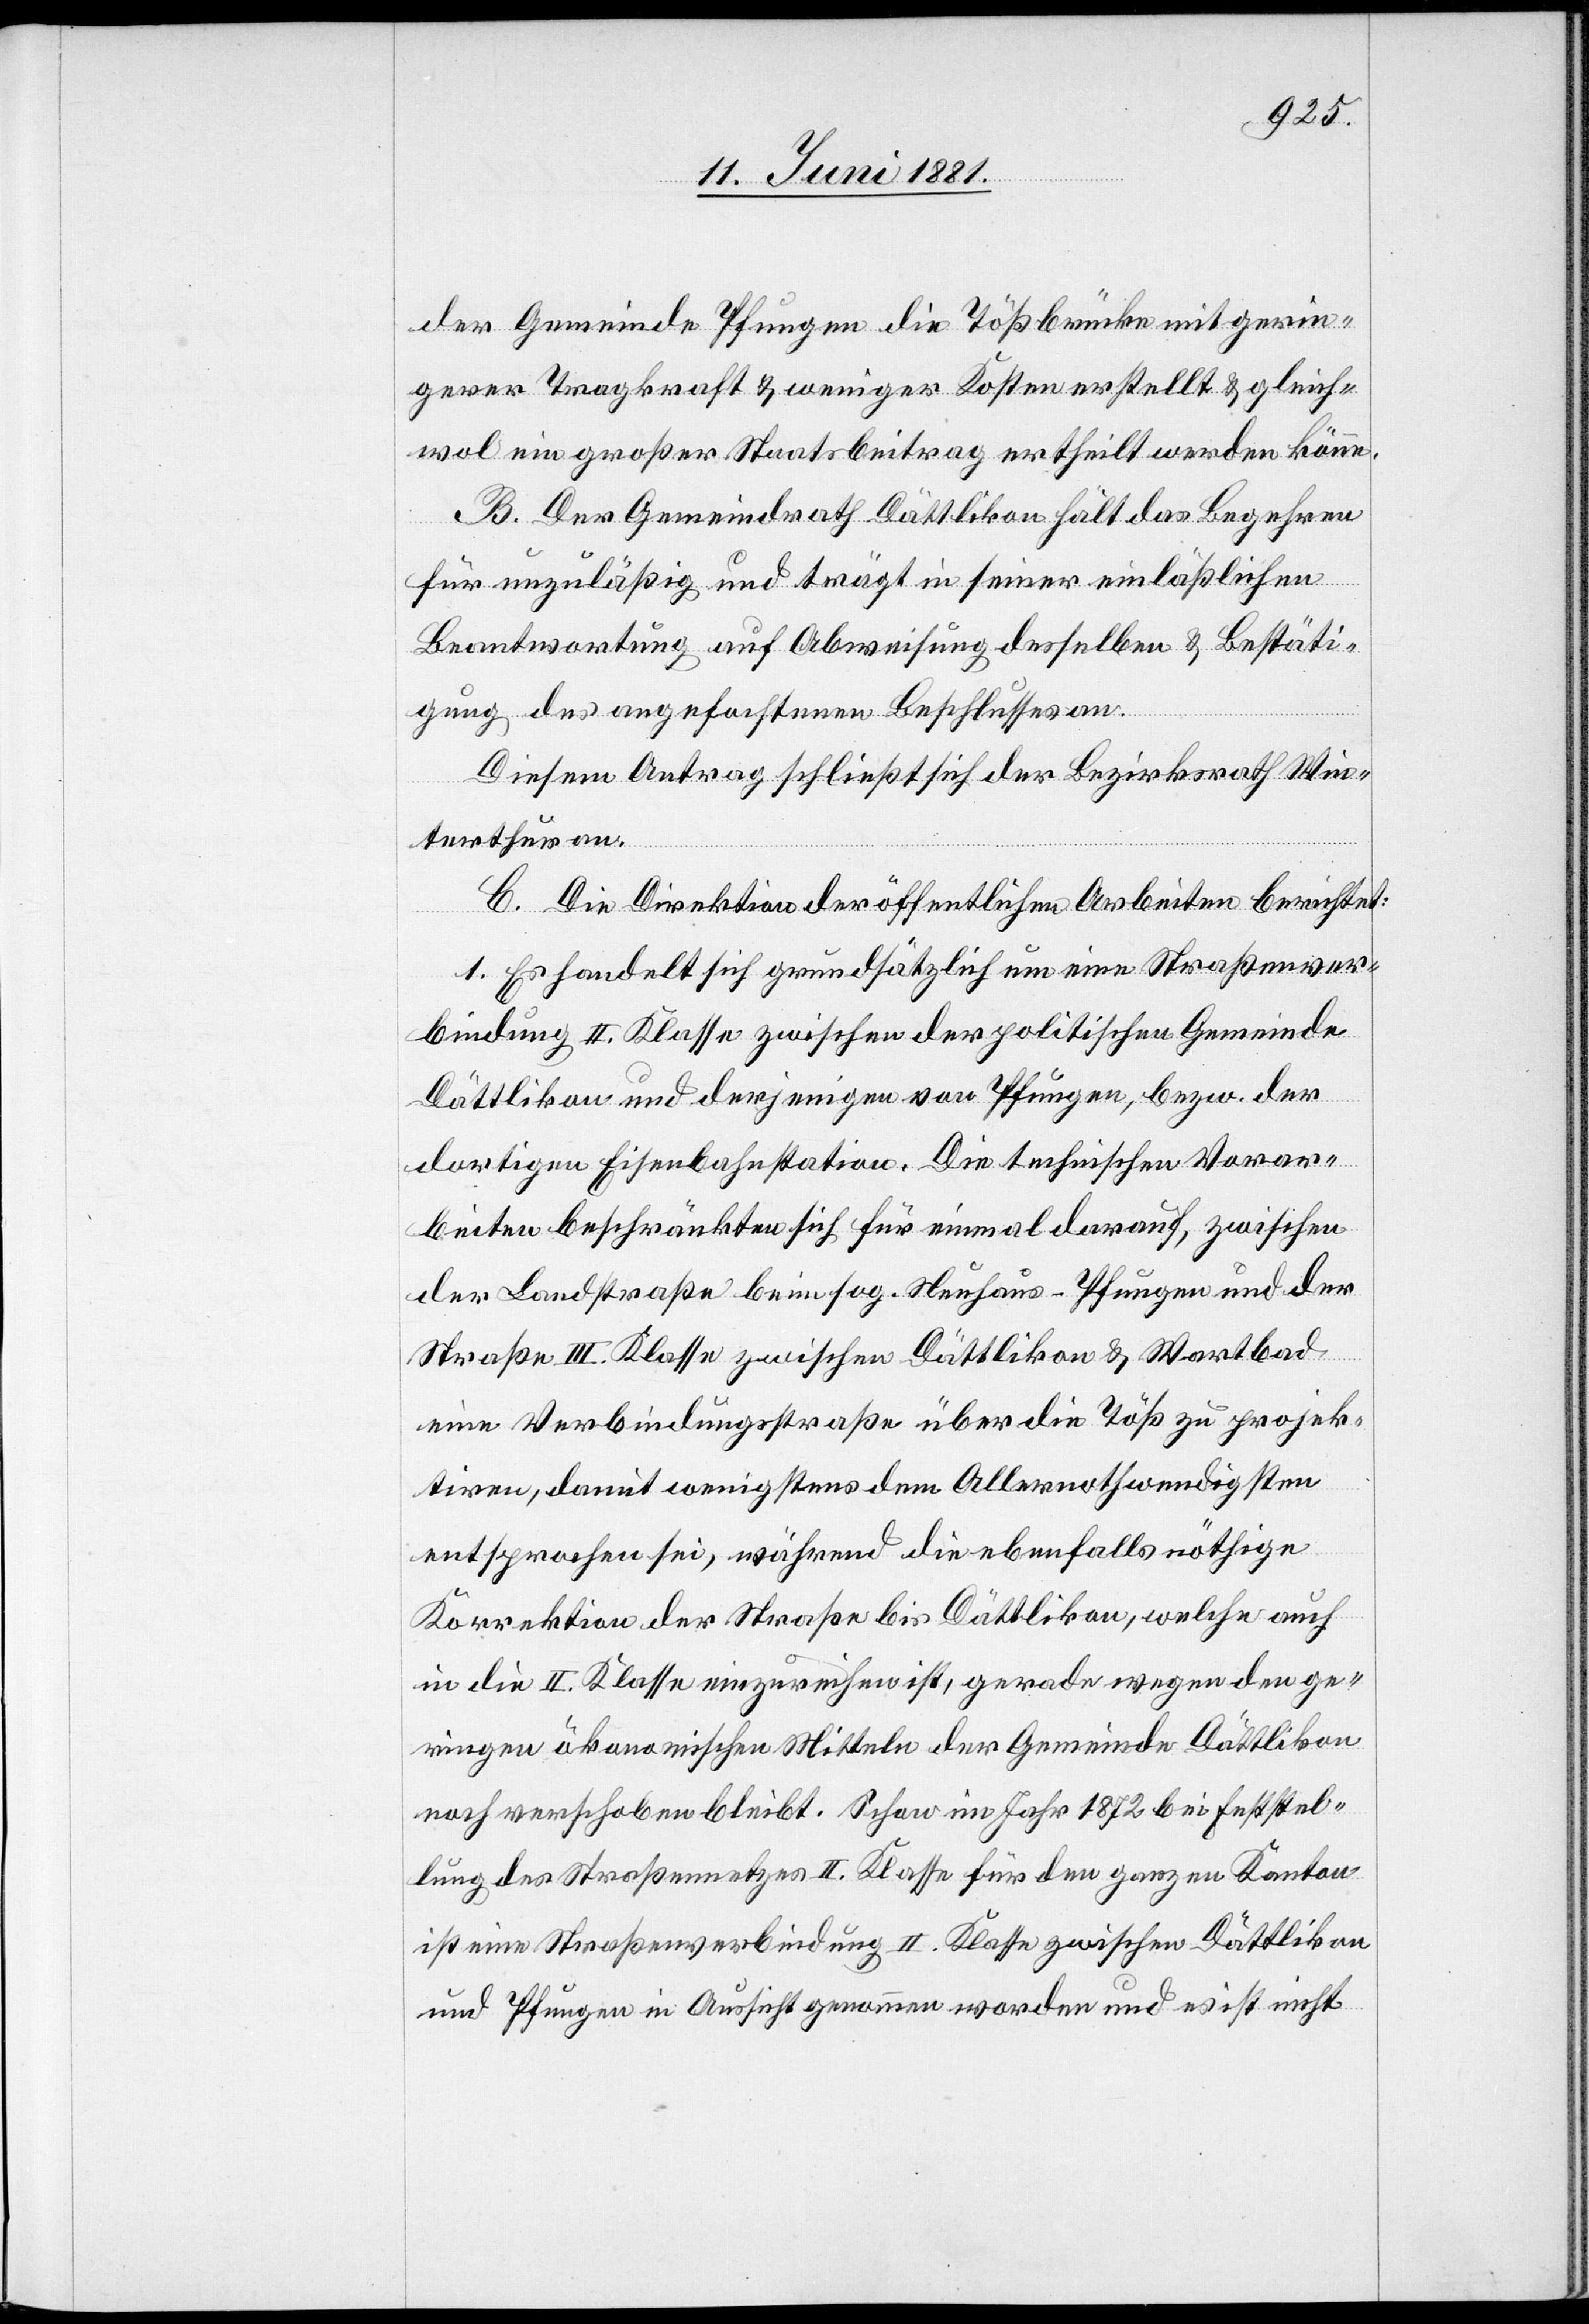
der Gemeinde Pfungen die Tößbrücke mit gerin¬
gerer Tragkraft & weniger Kosten erstellt & gleich¬
wol ein großer Staatsbeitrag ertheilt werden könne.
B. Der Gemeindrath Dättlikon hält das Begehren
für unzuläßig und trägt in seiner einläßlichen
Beantwortung auf Abweisung desselben & Bestäti¬
gung des angefochtenen Beschlusses an.
Diesem Antrag schließt sich der Bezirksrath Win¬
terthur an.
C. Die Direktion der öffentlichen Arbeiten berichtet:
1. Es handelt sich grundsätzlich um eine Straßenver¬
bindung II. Klasse zwischen der politischen Gemeinde
Dättlikon und derjenigen von Pfungen, bezw. der
dortigen Eisenbahnstation. Die technischen Vorar¬
beiten beschränkten sich für einmal darauf, zwischen
der Landstraße beim sog. Neuhaus - Pfungen und der
Straße III. Klasse zwischen Dättlikon & Wartbad
eine Verbindungsstraße über die Töß zu projek¬
tiren, damit wenigstens dem Allernothwendigsten
entsprochen sei, während die ebenfalls nöthige
Korrektion der Straße bis Dättlikon, welche auch
in die II. Klasse einzureihen ist, gerade wegen den ge¬
ringen ökonomischen Mitteln der Gemeinde Dättlikon
noch verschoben bleibt. Schon im Jahr 1872 bei Feststel¬
lung des Straßennetzes II. Klasse für den ganzen Kanton
ist eine Straßenverbindung II. Klasse zwischen Dättlikon
und Pfungen in Aussicht genommen worden und es ist nicht